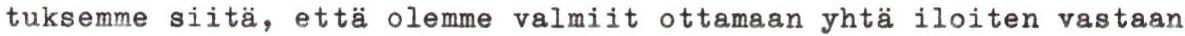
tuksemme siitä, että olemme valmiit ottamaan yhtä iloiten vastaan